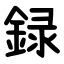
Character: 録